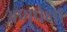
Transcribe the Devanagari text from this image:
अणुपेक्षा